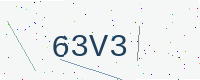
Text: 63V3